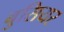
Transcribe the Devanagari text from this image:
बुसियर